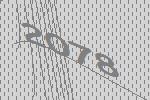
2078